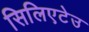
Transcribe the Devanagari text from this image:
सिलिएटेउ